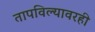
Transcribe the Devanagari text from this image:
तापविल्यावरही